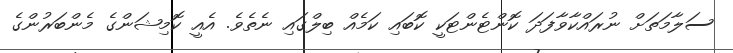
ސަލާމަތަށް ނުރައްކާވާފަދަ ކޮންޓެންޓަކީ ކޮބައި ކަމެއް ބިލްގައި ނެތެވެ. އެއީ ކޮމިޝަންގެ މެންބަރުންގެ